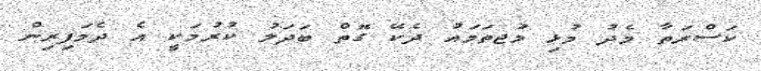
ކަސްރަތާ މެދު މުޅި މުޖތަމައު ދެކޭ ގޮތް ބަަދަލު ކުރުމަކީ އެ ދެމަފިރިން